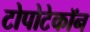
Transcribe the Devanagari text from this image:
टोपोटेकॉन